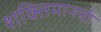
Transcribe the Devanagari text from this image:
शक्तिमानची